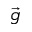
\overrightarrow { g }